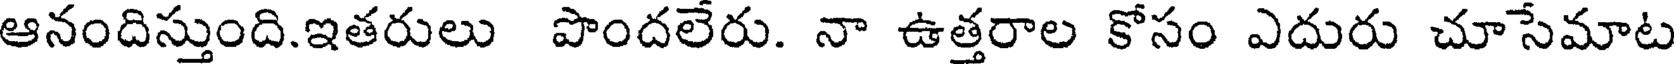
ఆనందిస్తుంది.ఇతరులు పొందలేరు. నా ఉత్తరాల కోసం ఎదురు చూసేమాట